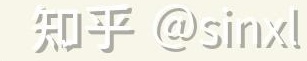
知乎 @sinx!